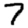
Digit: 7